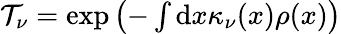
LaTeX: \begin{array}{r}{\mathcal{T}_{\nu}=\exp\left(-\int\mathrm{d}x\kappa_{\nu}(x)\rho(x)\right)}\end{array}